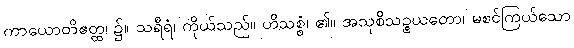
ကာယောတိဧတ္ထ၊ ၌။ သရီရံ၊ ကိုယ်သည်။ ဟိသစ္စံ၊ ၏။ အသုစိသဉ္စယတော၊ မစင်ကြယ်သော